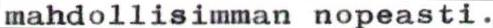
mahdollisimman nopeasti.